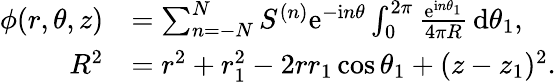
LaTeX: \begin{array}{rl}{\phi(r,\theta,z)}&{=\sum_{n=-N}^{N}S^{(n)}\mathrm{e}^{-\mathrm{i}n\theta}\int_{0}^{2\pi}\frac{\mathrm{e}^{\mathrm{i}n\theta_{1}}}{4\pi R}\, \mathrm{d}\theta_{1},}\\ {R^{2}}&{=r^{2}+r_{1}^{2}-2rr_{1}\cos\theta_{1}+(z-z_{1})^{2}.}\end{array}